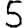
Digit: 5